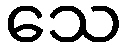
သေ